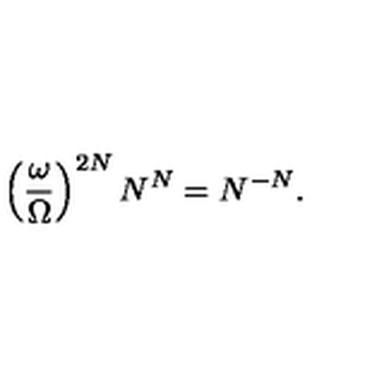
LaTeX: \left( { \frac { \omega } { \Omega } } \right) ^ { 2 N } N ^ { N } = N ^ { - N } .